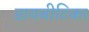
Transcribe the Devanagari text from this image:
डायबीटिका